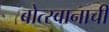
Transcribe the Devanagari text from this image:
बोत्स्वानाची